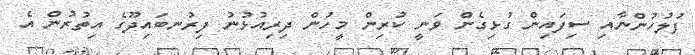
ފުލުހުންނާއި ސިފައިން ގުޅިގެން ވަނީ ކުރިން މީހުން ދިރިއުޅުނު ފިރުނބައިދޫގެ އިތުރުން އެ